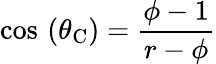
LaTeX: \cos\, \left(\theta_{\mathrm{C}}\right)={\frac{\phi-1}{r-\phi}}